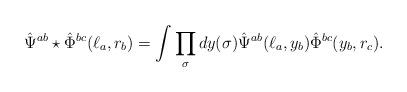
LaTeX: \begin{align*} \hat\Psi^{ab}\star\hat\Phi^{bc}(\ell_a,r_b) = \int \prod_{\sigma}dy(\sigma) \hat\Psi^{ab}(\ell_a,y_b)\hat\Phi^{bc}(y_b,r_c).\end{align*}